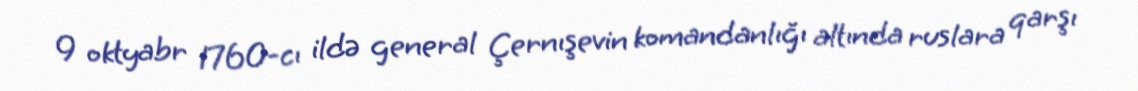
9 oktyabr 1760-cı ildə general Çernışevin komandanlığı altında ruslara qarşı